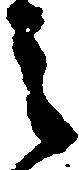
之